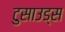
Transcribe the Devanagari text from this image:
टुसाउड्स